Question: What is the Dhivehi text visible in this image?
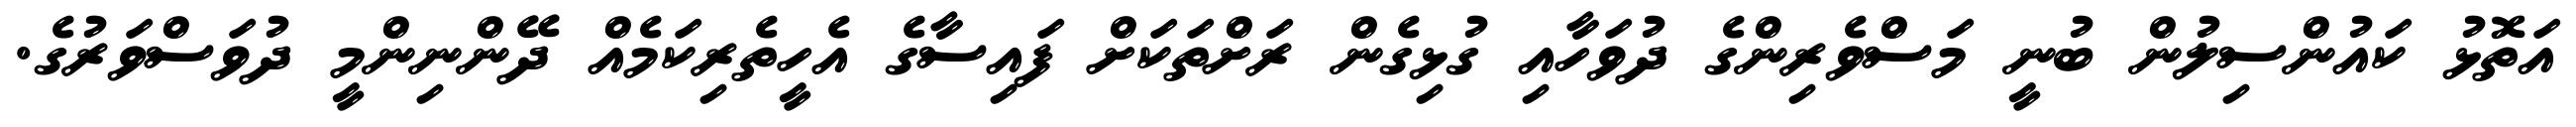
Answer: އަތޮޅު ކައުންސިލުން ބުނީ މަސްވެރިންގެ ދުވަހާއި ގުޅިގެން ރަށްތަކަށް ފައިސާގެ އެހީތެރިކަމެއް ދޭންނިންމީ ދުވަސްވަރުގެ.